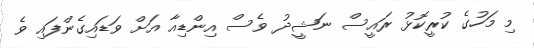
މި މަހުގެ ކުރީކޮޅު ރައީސް ނަޝީދު ވެސް އިންޑިއާ އަށް ވަޑައިގެންފައި ވެ